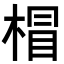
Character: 𣔺